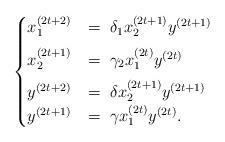
LaTeX: \begin{align*}\begin{cases}x_{1}^{\left(2t+2\right)} & =\;\delta_{1}x_{2}^{\left(2t+1\right)}y^{\left(2t+1\right)}\medskip\\x_{2}^{\left(2t+1\right)} & =\;\gamma_{2}x_{1}^{\left(2t\right)}y^{\left(2t\right)}\medskip\\y^{\left(2t+2\right)} & =\;\delta x_{2}^{\left(2t+1\right)}y^{\left(2t+1\right)}\\y^{\left(2t+1\right)} & =\;\gamma x_{1}^{\left(2t\right)}y^{\left(2t\right)}.\end{cases}\end{align*}